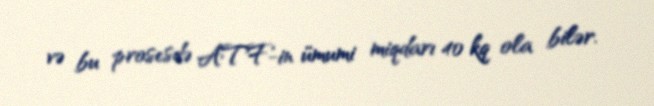
və bu prosesdə ATF-in ümumi miqdarı 40 kq ola bilər.